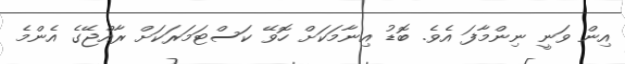
އިން ވަނީ ނިންމާފަ އެވެ. ބޮޑު އިނާމަކަށް ހޮވޭ ކަސްޓަމަރަކަށް ރާއްޖޭގެ އެންމެ